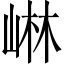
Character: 崊